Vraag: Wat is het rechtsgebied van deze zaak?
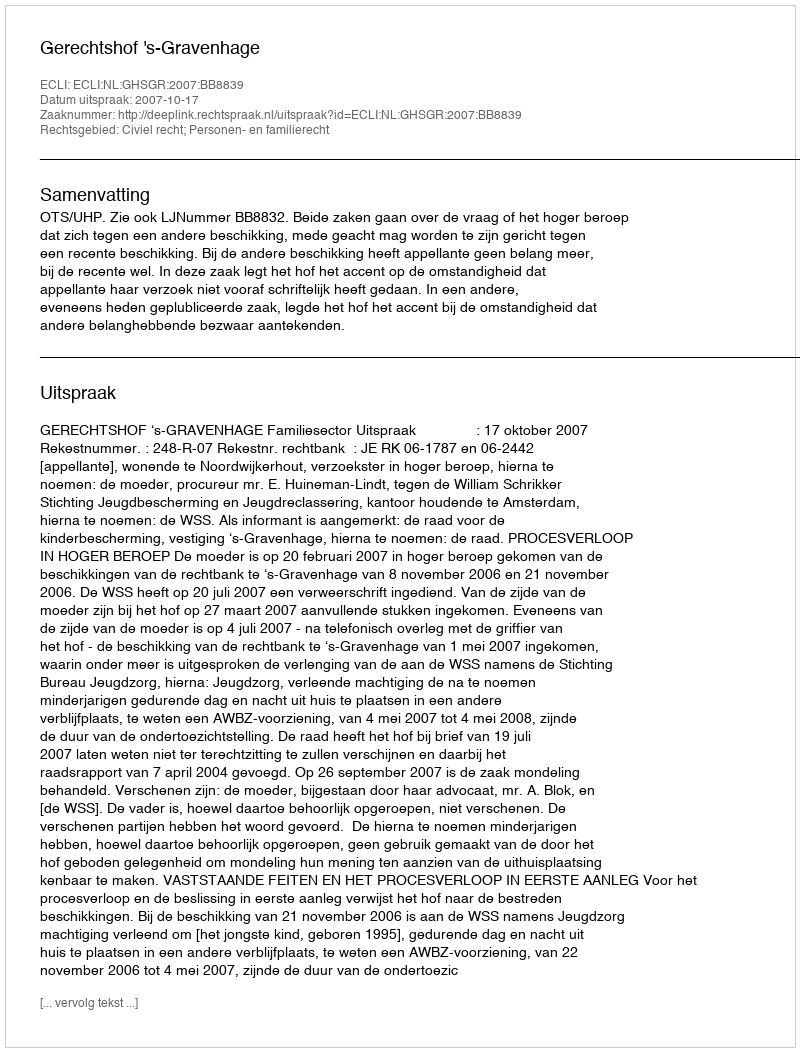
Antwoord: Civiel recht; Personen- en familierecht